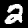
Digit: 2